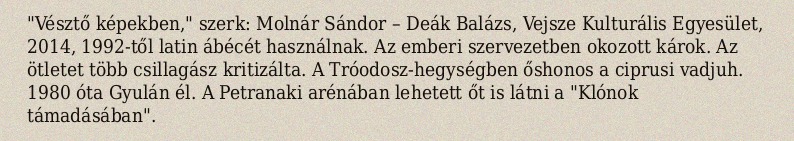
"Vésztő képekben," szerk: Molnár Sándor – Deák Balázs, Vejsze Kulturális Egyesület, 2014, 1992-től latin ábécét használnak. Az emberi szervezetben okozott károk. Az ötletet több csillagász kritizálta. A Tróodosz-hegységben őshonos a ciprusi vadjuh. 1980 óta Gyulán él. A Petranaki arénában lehetett őt is látni a "Klónok támadásában".